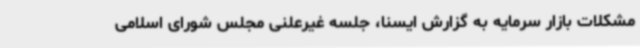
مشکلات بازار سرمایه به گزارش ایسنا، جلسه غیرعلنی مجلس شورای اسلامی